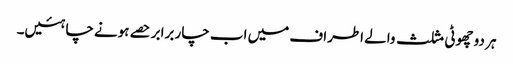
ہر دو چھوٹی مثلث والے اطراف میں اب چار برابر حصے ہونے چاہئیں۔